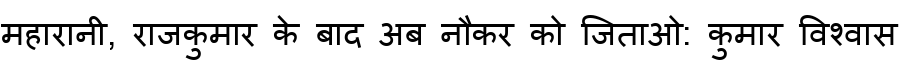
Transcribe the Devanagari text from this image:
महारानी, राजकुमार के बाद अब नौकर को जिताओ: कुमार विश्वास